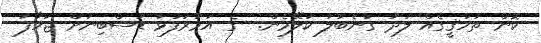
ކޮން ތަހުޤީގެއް ލަދު ގަނެބަލަ ކަލޭމެން.  ގެ އަމުރުފުޅު ޑަސްބިނަށް ޖަހާފަ